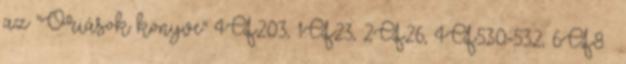
az "Óriások könyve" 4Q203, 1Q23, 2Q26, 4Q530-532, 6Q8 .